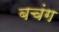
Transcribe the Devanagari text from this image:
बचंग